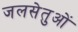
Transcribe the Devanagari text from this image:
जलसेतुओं